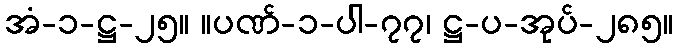
အံ-၁-ဋ္ဌ-၂၅။ ။ပဏ်-၁-ပါ-၇၇၊ ဋ္ဌ-ပ-အုပ်-၂၈၅။